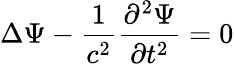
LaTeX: \Delta\Psi-{\frac{1}{c^{2}}}{\frac{\partial^{2}\Psi}{\partial t^{2}}}=0